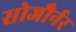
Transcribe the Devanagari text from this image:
सोजौर्नर